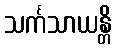
သင်္ကသာယန္တိ